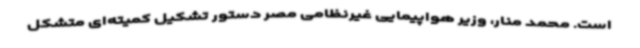
است. محمد منار، وزیر هواپیمایی غیرنظامی مصر دستور تشکیل کمیته‌ای متشکل